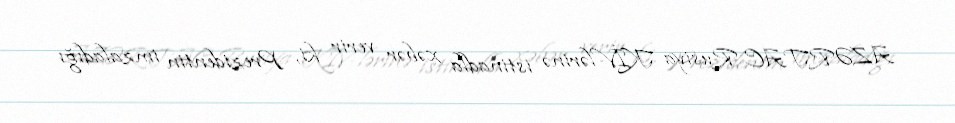
AZƏRTAC Rusiya KİV-lərinə istinadla xəbər verir ki, Prezidentin imzaladığı